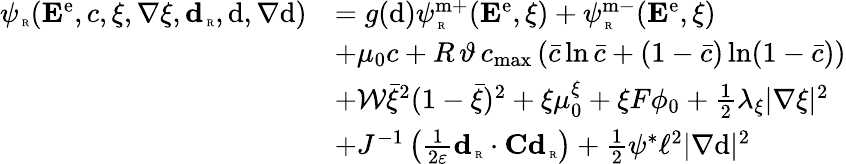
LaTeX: \begin{array}{rl}{{\psi}_{\mathrm{\tiny~R}}({\mathbf E}^{\mathrm{e}},c,\xi,\nabla\xi,\textbf{d}_{\mathrm{\tiny~R}},\mathrm{d},\nabla\mathrm{d})}&{=g(\mathrm{d})\psi_{\mathrm{\tiny~R}}^{\mathrm{m+}}({\mathbf E}^{\mathrm{e}},\xi)+\psi_{\mathrm{\tiny~R}}^{\mathrm{m-}}({\mathbf E}^{\mathrm{e}},\xi)}\\ &{+\mu_{0}c+R\, \vartheta\, c_{\mathrm{max}}\left(\bar{c}\ln\bar{c}+(1-\bar{c})\ln(1-\bar{c})\right)}\\ &{+\mathcal{W}\bar{\xi}^{2}(1-\bar{\xi})^{2}+\xi\mu_{0}^{\xi}+\xi F\phi_{0}+\frac{1}{2}\lambda_{\xi}|\nabla\xi|^{2}}\\ &{+J^{-1}\left(\frac{1}{2\varepsilon}\textbf{d}_{\mathrm{\tiny~R}}\cdot\textbf{C}\textbf{d}_{\mathrm{\tiny~R}}\right)+\frac{1}{2}\psi^{*}\ell^{2}|\nabla\mathrm{d}|^{2}}\end{array}